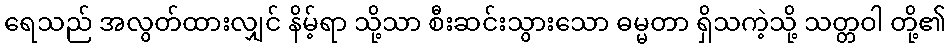
ရေသည် အလွတ်ထားလျှင် နိမ့်ရာ သို့သာ စီးဆင်းသွားသော ဓမ္မတာ ရှိသကဲ့သို့ သတ္တဝါ တို့၏